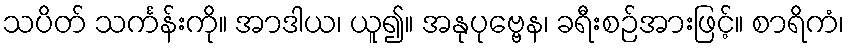
သပိတ် သင်္ကန်းကို။ အာဒါယ၊ ယူ၍။ အနုပုဗ္ဗေန၊ ခရီးစဉ်အားဖြင့်။ စာရိကံ၊